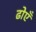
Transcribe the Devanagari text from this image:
ढोएँ